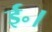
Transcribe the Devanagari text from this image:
ई॰।